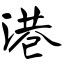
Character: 港